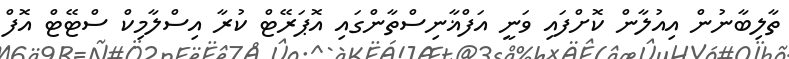
ތާލިބާނުން އިއުލާން ކޮށްފައި ވަނީ އަފްޣާނިސްތާންގައި އޮޕަރޭޓް ކުރާ އިސްލާމިކް ސްޓޭޓް އޮފް